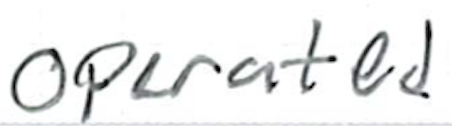
Text: operated
Cross-out: clean
Writing tool: ballpoint